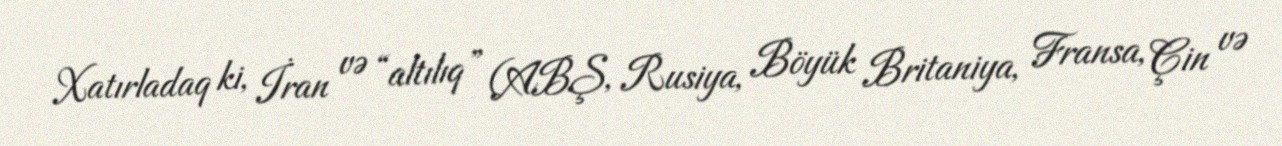
Xatırladaq ki, İran və “altılıq” (ABŞ, Rusiya, Böyük Britaniya, Fransa, Çin və